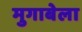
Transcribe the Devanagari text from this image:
मुगाबेला